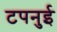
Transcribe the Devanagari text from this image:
टपनुई